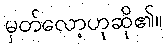
မှတ်လော့ဟုဆို၏။